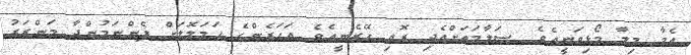
އެމާ މިލާ މޯޅިވަނީއެވެ. ސަލާމަތަށްއެދި ރޮއި ހޭރެނީއެވެ. އަހަރެންގެ ހަމަލޮލަށް ފެންނަމުންދާ މަންޒަރު